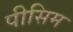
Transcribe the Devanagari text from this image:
पीसिम